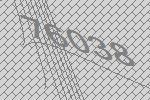
76038